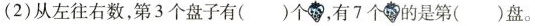
(2)从左往右数，第3个盘子有( )个，有7个零的是第( )盘。